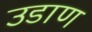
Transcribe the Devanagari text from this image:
उडाण